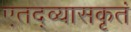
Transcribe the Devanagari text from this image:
एतद्व्यासकृतं